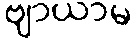
ဗျာယာမ